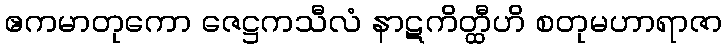
ဧကမာတုကော ဇေဋ္ဌကသီလံ နာဋကိတ္ထီဟိ စတုမဟာရာဇာ